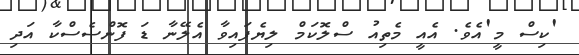
'ކިސް މީ'އެވެ. އެއީ މެތިއު ސްލޮކަމް ލިޔެފައިވާ އެލޭނާ ޑަ ފޮންސެސްކާ އަދި